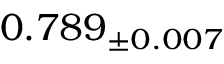
0 . 7 8 9 _ { \pm 0 . 0 0 7 }